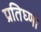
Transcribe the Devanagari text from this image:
प्रतिघ्णा